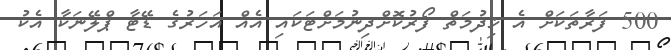
500 ފަރާތަކަށް އެ ޚިދުމަތް ފޯރުކޮށްދިނުމަށްޓަކައި އެއް އަހަރުގެ ޑޭޓާ ޕްލޭނަކާ އެކު